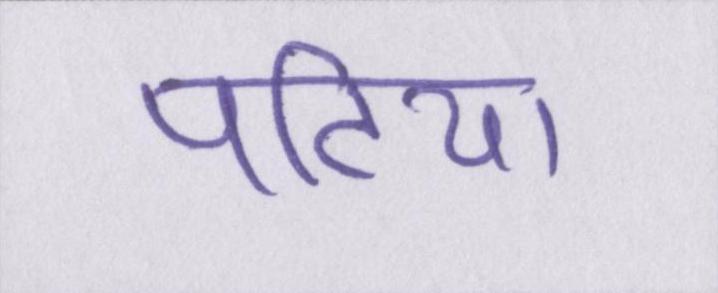
पटिया